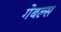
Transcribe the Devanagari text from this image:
गेबल्स